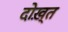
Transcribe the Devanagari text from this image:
दोख़्त